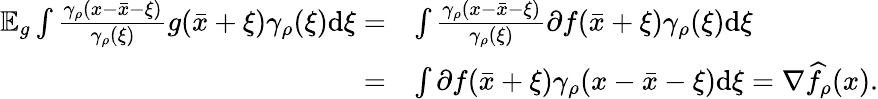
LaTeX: \begin{array}{rl}{\mathbb{E}_{g}\int\frac{\gamma_{\rho}(x-\bar{x}-\xi)}{\gamma_{\rho}(\xi)}g(\bar{x}+\xi)\gamma_{\rho}(\xi)\mathrm{d}\xi=}&{\int\frac{\gamma_{\rho}(x-\bar{x}-\xi)}{\gamma_{\rho}(\xi)}\partial f(\bar{x}+\xi)\gamma_{\rho}(\xi)\mathrm{d}\xi}\\ {=}&{\int\partial f(\bar{x}+\xi)\gamma_{\rho}(x-\bar{x}-\xi)\mathrm{d}\xi=\nabla\widehat{f}_{\rho}(x).}\end{array}